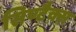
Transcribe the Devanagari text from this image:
सिण्टैक्स